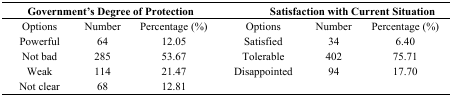
| <COLSPAN=3> Government’s Degree of Protection | <COLSPAN=3> Satisfaction with Current Situation |
 | --- | --- | --- | --- | --- | --- |
 | Options | Number | Percentage (%) | Options | Number | Percentage (%) |
 | Powerful | 64 | 12.05 | Satisfied | 34 | 6.40 |
 | Not bad | 285 | 53.67 | Tolerable | 402 | 75.71 |
 | Weak | 114 | 21.47 | Disappointed | 94 | 17.70 |
 | Not clear | 68 | 12.81 |  |  |  |